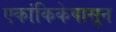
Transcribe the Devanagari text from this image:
एकांकिकेपासून